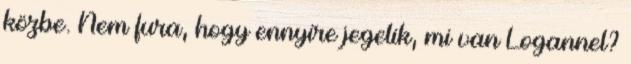
közbe. Nem fura, hogy ennyire jegelik, mi van Logannel?